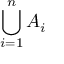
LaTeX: \bigcup _ { i = 1 } ^ { n } A _ { i }